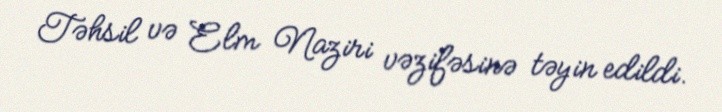
Təhsil və Elm Naziri vəzifəsinə təyin edildi.